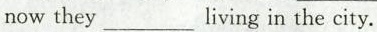
now they___living in the city.